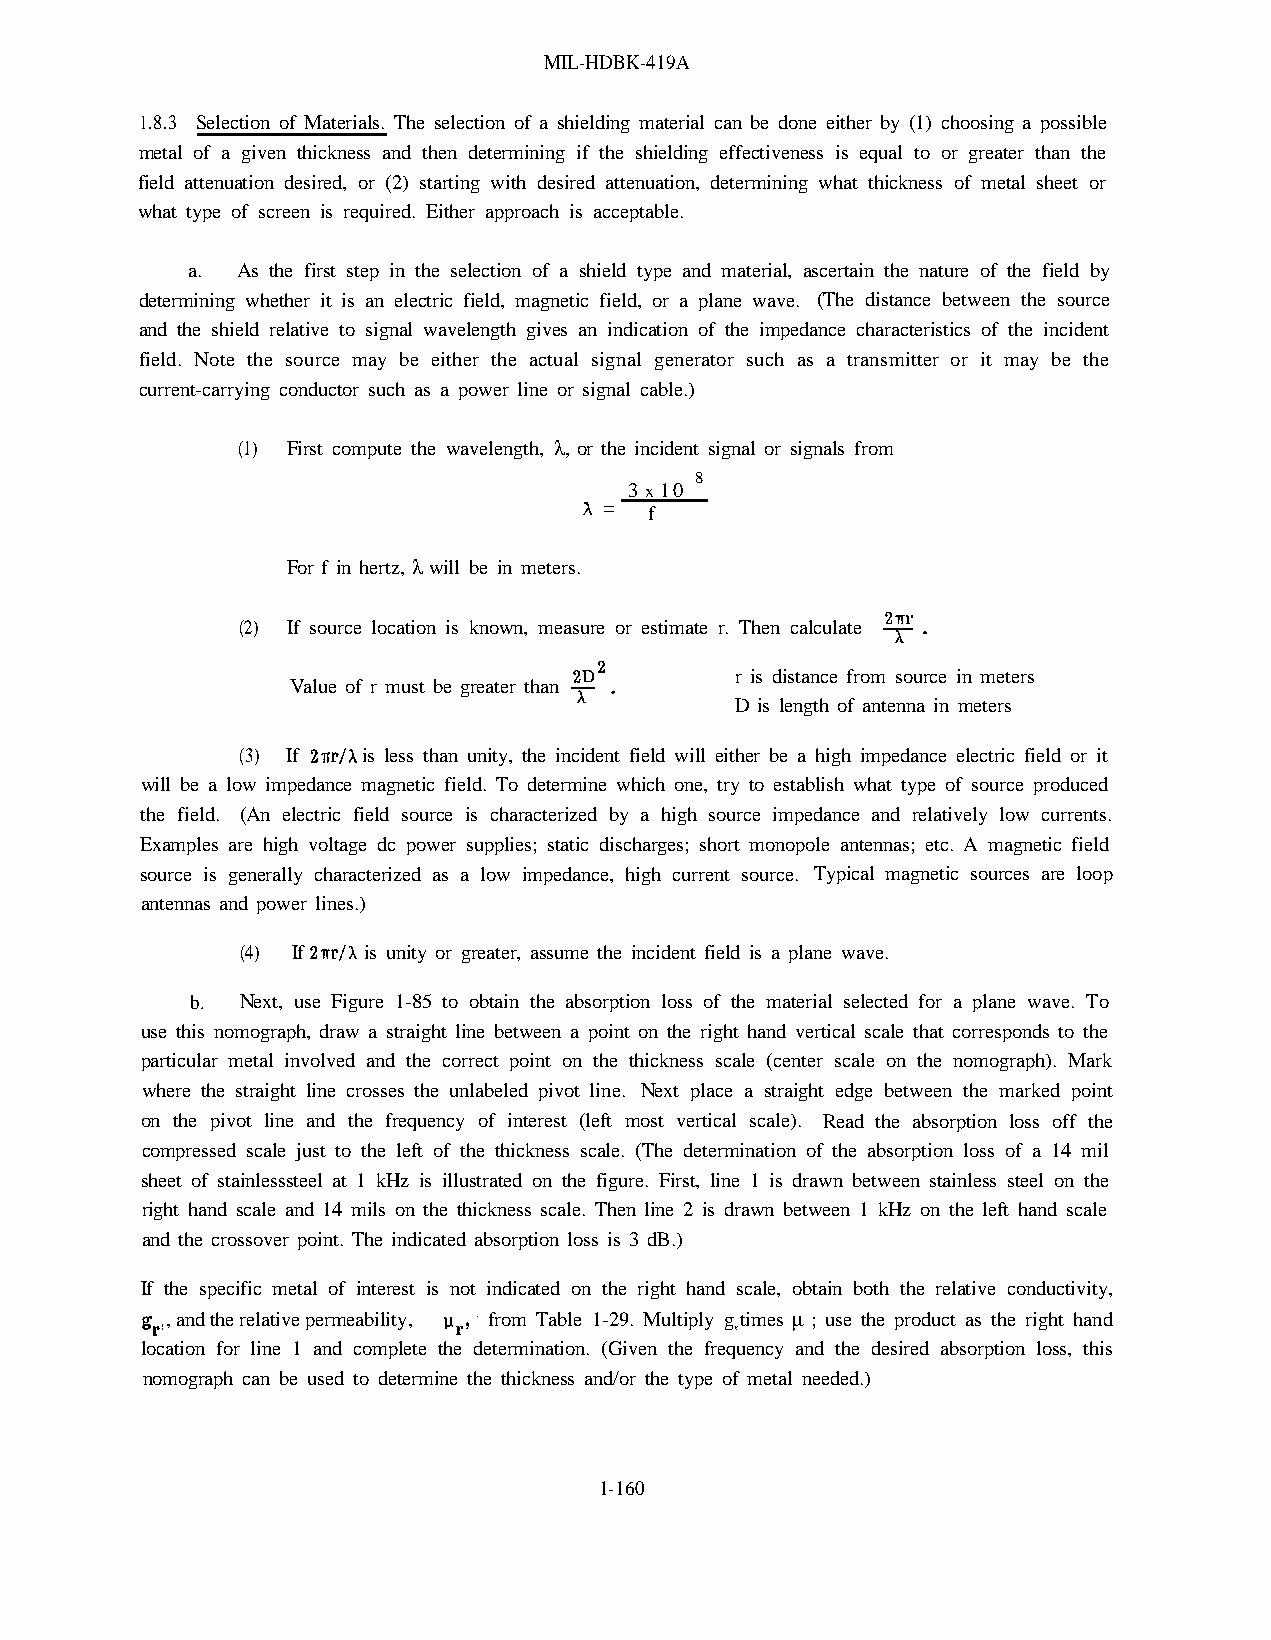
MIL-HDBK-419A
 1.8.3 Selection of Materials. The selection of a shielding material can be done either by (1) choosing a possible
 metal of a given thickness and then determining if the shielding effectiveness is equal to or greater than the
 field attenuation desired, or (2) starting with desired attenuation, determining what thickness of metal sheet or
 what type of screen is required. Either approach is acceptable.
 a.  As the first step in the selection of a shield type and material, ascertain the nature of the field by
 determining whether it is an electric field, magnetic field, or a plane wave. (The distance between the source
 and the shield relative to signal wavelength gives an indication of the impedance characteristics of the incident
 field. Note the source may be either the actual signal generator such as a transmitter or it may be the
 current-carrying conductor such as a power line or signal cable.)
 (1) First compute the wavelength, ,l or the incident signal or signals from
 8
 3 x 10
 =  f
 For f in hertz, l will be in meters.
 (2) If source location is known, measure or estimate r. Then calculate
 r is distance from source in meters
 Value of r must be greater than
 D is length of antenna in meters
 (3) If  is less than unity, the incident field will either be a high impedance electric field or it
 will be a low impedance magnetic field. To determine which one, try to establish what type of source produced
 the field. (An electric field source is characterized by a high source impedance and relatively low currents.
 Examples are high voltage dc power supplies; static discharges; short monopole antennas; etc. A magnetic field
 source is generally characterized as a low impedance, high current source. Typical magnetic sources are loop
 antennas and power lines.)
 (4) If  is unity or greater, assume the incident field is a plane wave.
 b. Next, use Figure 1-85 to obtain the absorption loss of the material selected for a plane wave. To
 use this nomograph, draw a straight line between a point on the right hand vertical scale that corresponds to the
 particular metal involved and the correct point on the thickness scale (center scale on the nomograph). Mark
 where the straight line crosses the unlabeled pivot line. Next place a straight edge between the marked point
 on the pivot line and the frequency of interest (left most vertical scale). Read the absorption loss off the
 compressed scale just to the left of the thickness scale. (The determination of the absorption loss of a 14 mil
 sheet of stainlesssteel at 1 kHz is illustrated on the figure. First, line 1 is drawn between stainless steel on the
 right hand scale and 14 mils on the thickness scale. Then line 2 is drawn between 1 kHz on the left hand scale
 and the crossover point. The indicated absorption loss is 3 dB.)
 If the specific metal of interest is not indicated on the right hand scale, obtain both the relative conductivity,
 , and the relative permeability, from Table 1-29. Multiply gtimes m ; use the product as the right hand
 r
 location for line 1 and complete the determination. (Given the frequency and the desired absorption loss, this
 nomograph can be used to determine the thickness and/or the type of metal needed.)
 1-160